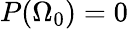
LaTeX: P(\Omega_{0})=0